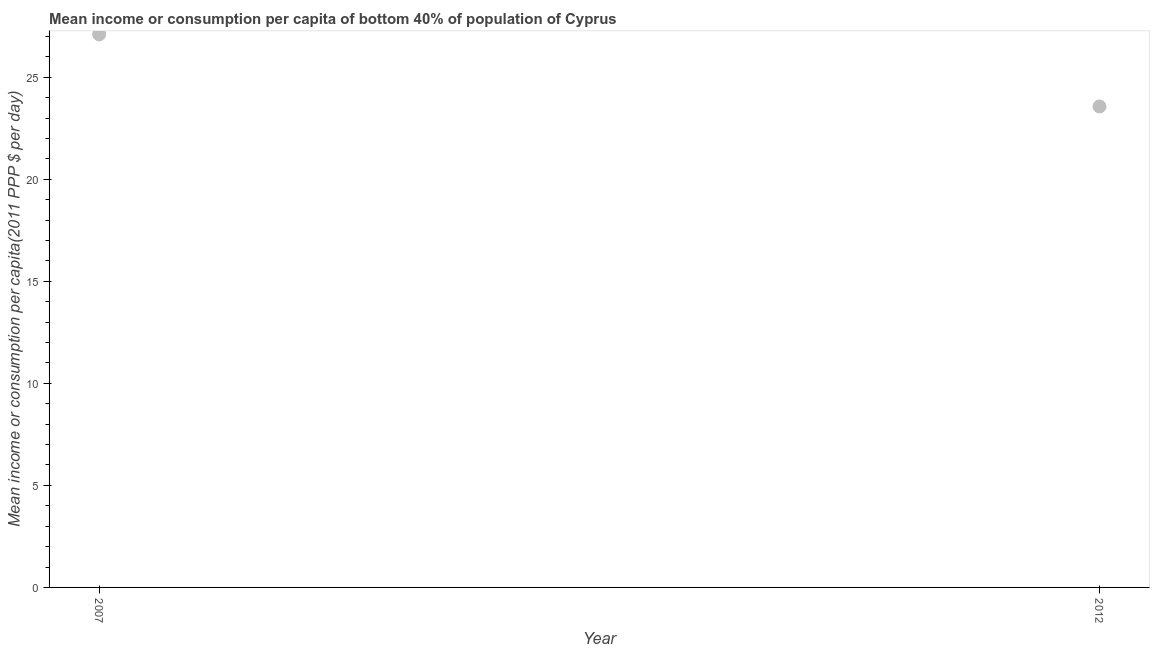
| Year | Bottom 40percent |
 | --- | --- |
 | 2007 | 27.1 |
 | 2012 | 23.6 |